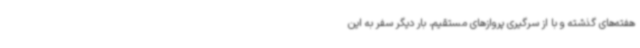
هفته‌های گذشته و با از سرگیری پروازهای مستقیم، بار دیگر سفر به این